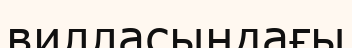
вилласындағы